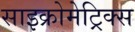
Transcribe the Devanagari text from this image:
साइक्रोमेट्रिक्स